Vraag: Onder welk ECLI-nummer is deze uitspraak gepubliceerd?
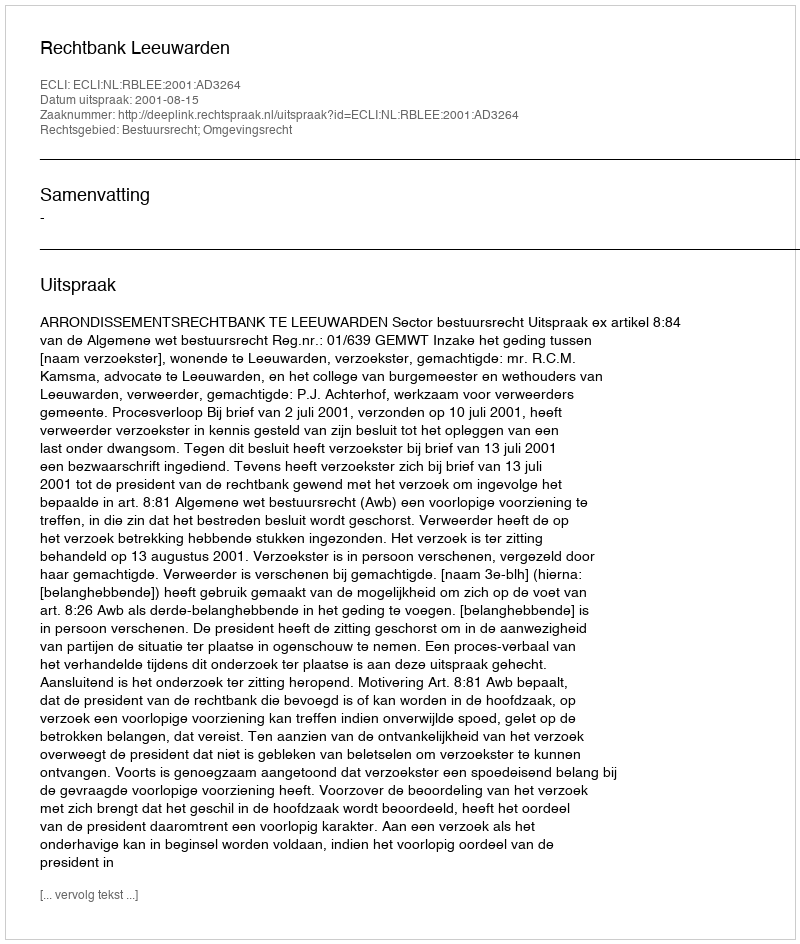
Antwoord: ECLI:NL:RBLEE:2001:AD3264